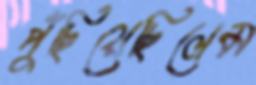
পুঁছিয়েছিলেম